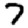
Digit: 7